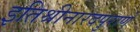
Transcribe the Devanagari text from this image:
इतिश्रीनारदपुराणे